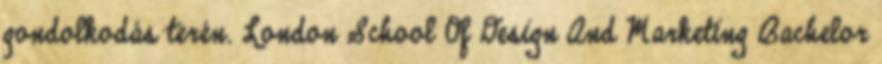
gondolkodás terén. London School Of Design And Marketing Bachelor